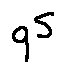
q S